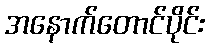
အနောက်တောင်ပိုင်း